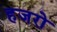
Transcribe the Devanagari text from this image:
हजरो